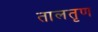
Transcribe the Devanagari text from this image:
तालतृण